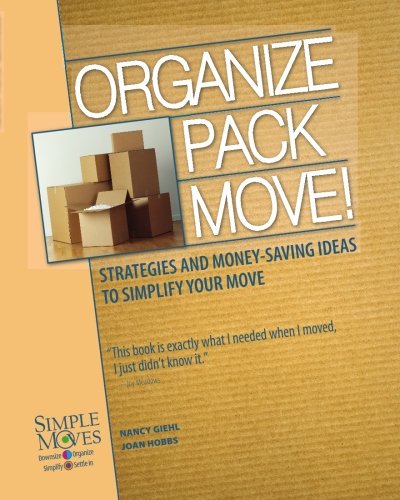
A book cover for Organize Pack Move!: Strategies and Money-Saving Ideas to Simplify Your Move; Nancy Giehl; Reference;